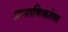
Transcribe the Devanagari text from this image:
प्रामाणिकतेवर